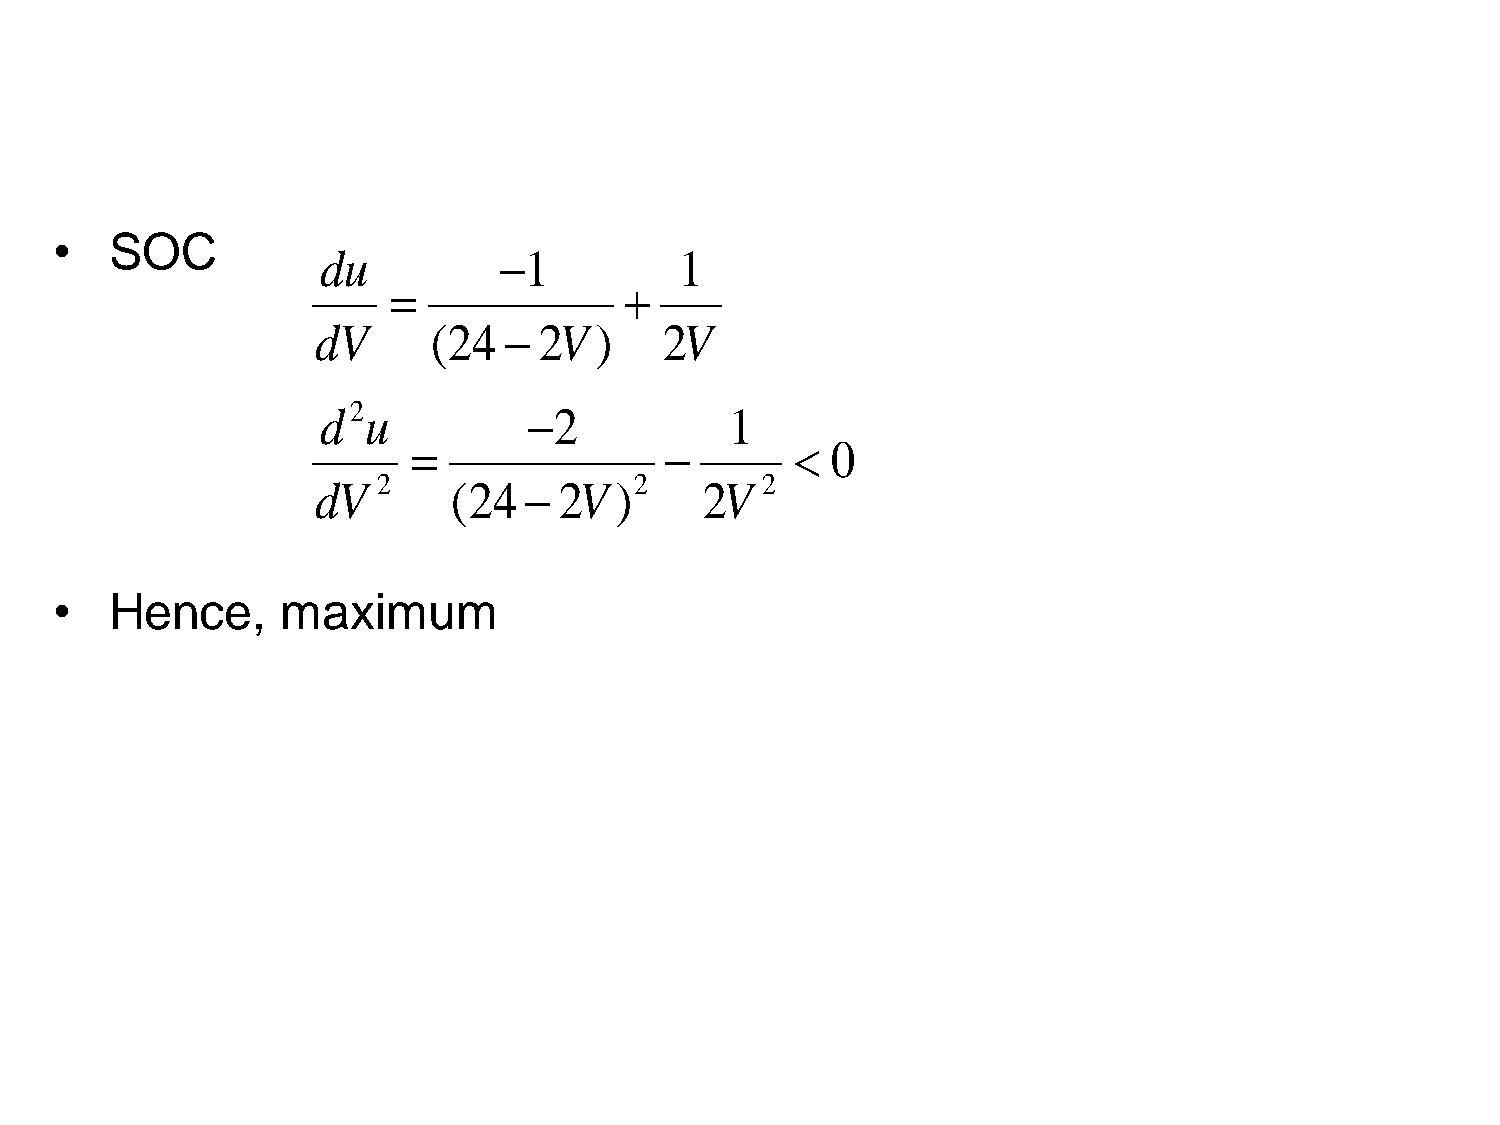
•   SOC
 du          1          1
               
 dV      (24   2V )    2V
 d 2u          2           1
                          0
 dV  2    (24   2V  )2    2V 2
 •   Hence,      maximum